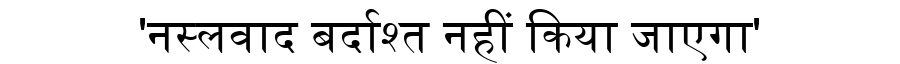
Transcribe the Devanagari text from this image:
'नस्लवाद बर्दाश्त नहीं किया जाएगा'